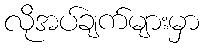
လိုအပ်ချက်များမှာ